Scientific memoirs by medical officers of the Army of India - Part XII,
Year: 1901
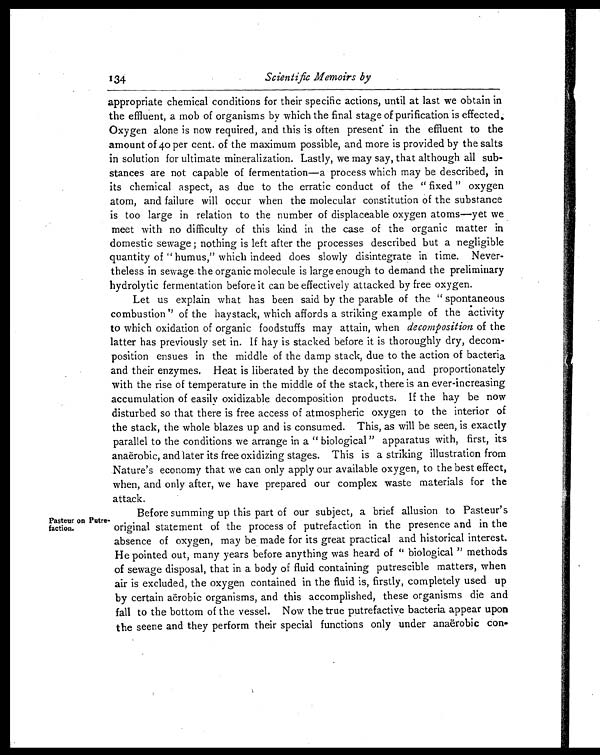
Scientific Memoirs by
appropriate chemical conditions for their specific actions, until at last we obtain in
the effluent, a mob of organisms by which the final stage of purification is effected.
Oxygen alone is now required, and this is often present in the effluent to the
amount of 40 per cent. of the maximum possible, and more is provided by the salts
in solution for ultimate mineralization. Lastly, we may say, that although all sub
-
stances are not capable of fermentation—a process which may be described, in
its chemical aspect, as due to the erratic conduct of the "fixed" oxygen
atom, and failure will occur when the molecular constitution of the substance
is too large in relation to the number of displaceable oxygen atoms—yet we
meet with no difficulty of this kind in the case of the organic matter in
domestic sewage; nothing is left after the processes described but a negligible
quantity of "humus," which indeed does slowly disintegrate in time. Never
-
theless in sewage the organic molecule is large enough to demand the preliminary
hydrolytic fermentation before it can be effectively attacked by free oxygen.
Let us explain what has been said by the parable of the "spontaneous
combustion" of the haystack, which affords a striking example of the activity
to which oxidation of organic foodstuffs may attain, when decomposition of the
latter has previously set in. If hay is stacked before it is thoroughly dry, decom
-
position ensues in the middle of the damp stack, due to the action of bacteria
and their enzymes. Heat is liberated by the decomposition, and proportionately
with the rise of temperature in the middle of the stack, there is an ever-increasing
accumulation of easily oxidizable decomposition products. If the hay be now
disturbed so that there is free access of atmospheric oxygen to the interior of
the stack, the whole blazes up and is consumed. This, as will be seen, is exactly
parallel to the conditions we arrange in a "biological" apparatus with, first, its
anaërobic, and later its free oxidizing stages. This is a striking illustration from
Nature's economy that we can only apply our available oxygen, to the best effect,
when, and only after, we have prepared our complex waste materials for the
attack.
134
Pasteur on Putre
-faction.
Before summing up this part of our subject, a brief allusion to Pasteur's
original statement of the process of putrefaction in the presence and in the
absence of oxygen, may be made for its great practical and historical interest.
He pointed out, many years before anything was heard of "biological" methods
of sewage disposal, that in a body of fluid containing putrescible matters, when
air is excluded, the oxygen contained in the fluid is, firstly, completely used up
by certain aerobic organisms, and this accomplished, these organisms die and
fall to the bottom of the vessel. Now the true putrefactive bacteria appear upon
the seene and they perform their special functions only under anaërobic con-